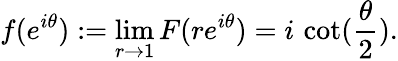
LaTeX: f(e^{i\theta}):=\operatorname*{lim}_{r\to 1}F(re^{i\theta})=i\, \cot({\frac{\theta}{2}}).